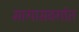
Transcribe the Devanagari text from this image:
मागासवर्गात